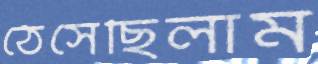
ঠেসেছিলাম